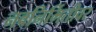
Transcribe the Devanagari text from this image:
नवनिर्मितीवर